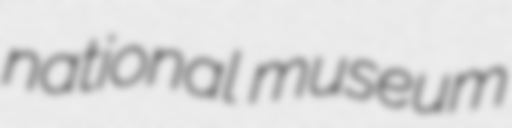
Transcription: national museum